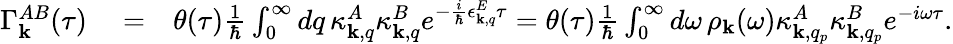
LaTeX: \begin{array}{rlr}{\Gamma_{\mathbf k}^{AB}(\tau)}&{{}=}&{\theta(\tau)\frac{1}{\hbar}\int_{0}^{\infty}dq\, \kappa_{{\mathbf k},q}^{A}\kappa_{{\mathbf k},q}^{B}e^{-\frac{i}{\hbar}\epsilon_{{\mathbf k},q}^{E}\tau}=\theta(\tau)\frac{1}{\hbar}\int_{0}^{\infty}d\omega\, \rho_{{\mathbf k}}(\omega)\kappa_{{\mathbf k},q_{p}}^{A}\kappa_{{\mathbf k},q_{p}}^{B}e^{-i\omega\tau}.}\end{array}